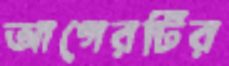
আগেরটির